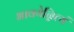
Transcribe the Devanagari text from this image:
भावयेन्नित्यं